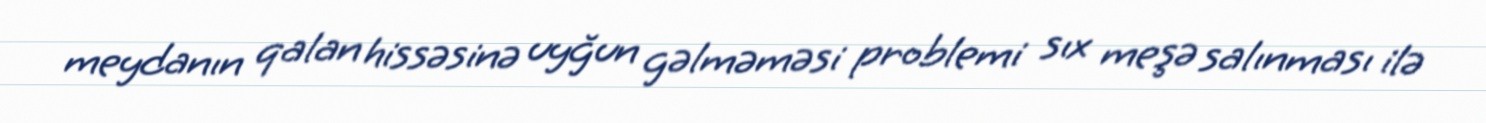
meydanın qalan hissəsinə uyğun gəlməməsi problemi sıx meşə salınması ilə